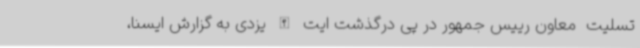
تسلیت  معاون رییس جمهور در پی درگذشت ایت الله یزدی به گزارش ایسنا،